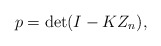
\begin{align*} p=\det(I-KZ_n),\end{align*}